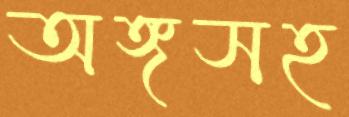
অঙ্গসহ